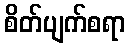
စိတ်ပျက်စရာ